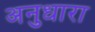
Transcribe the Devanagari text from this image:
अनुधारा